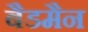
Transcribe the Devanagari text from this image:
बैडमैन